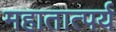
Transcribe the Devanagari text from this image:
महातात्पर्य